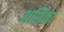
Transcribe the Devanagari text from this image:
अशिको